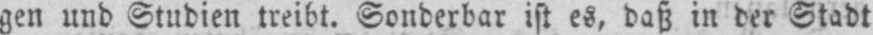
gen und Studien treibt. Sonderbar ist es, daß in der Stadt